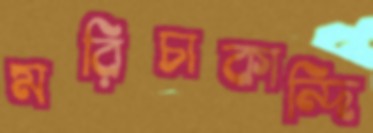
মরিচাকান্দি